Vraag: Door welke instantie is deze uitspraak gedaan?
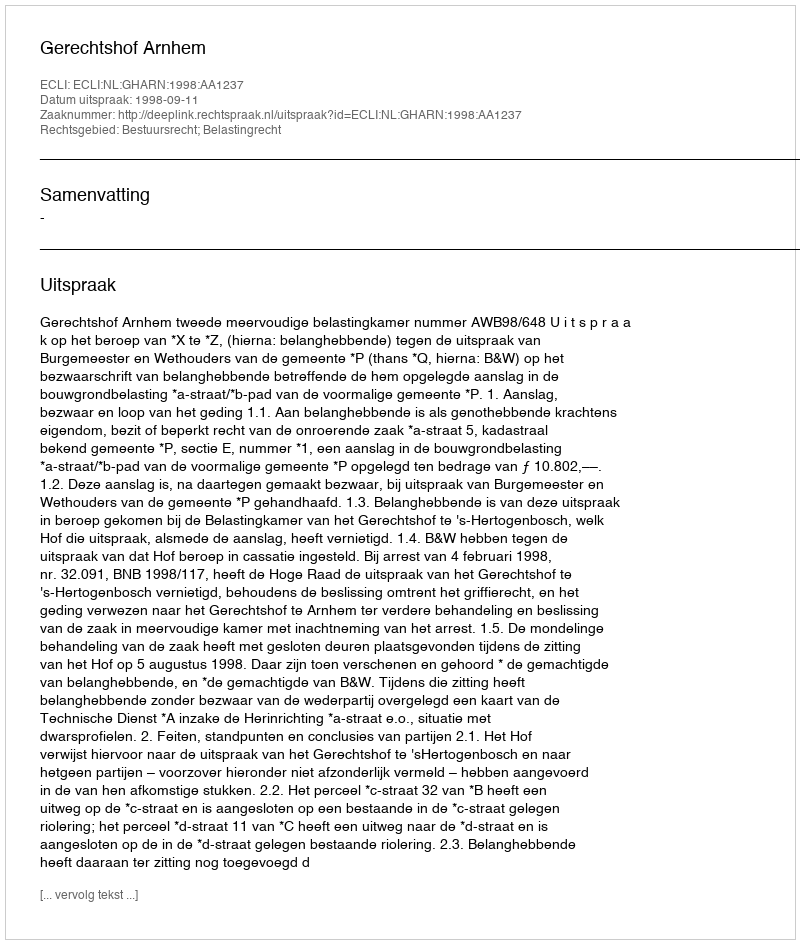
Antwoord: Gerechtshof Arnhem